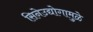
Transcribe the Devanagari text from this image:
सिनेउद्योगामुळे